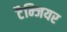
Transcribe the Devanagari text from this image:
टैन्जियर